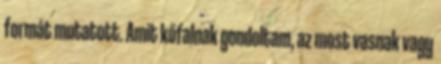
formát mutatott. Amit kőfalnak gondoltam, az most vasnak vagy